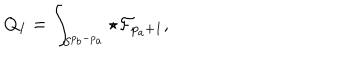
LaTeX: Q _ { I } = \int _ { S ^ { p _ { b } - p _ { a } } } \star { \cal F } _ { p _ { a } + 1 } ,